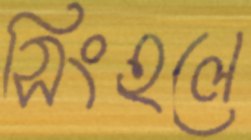
সিংহলে